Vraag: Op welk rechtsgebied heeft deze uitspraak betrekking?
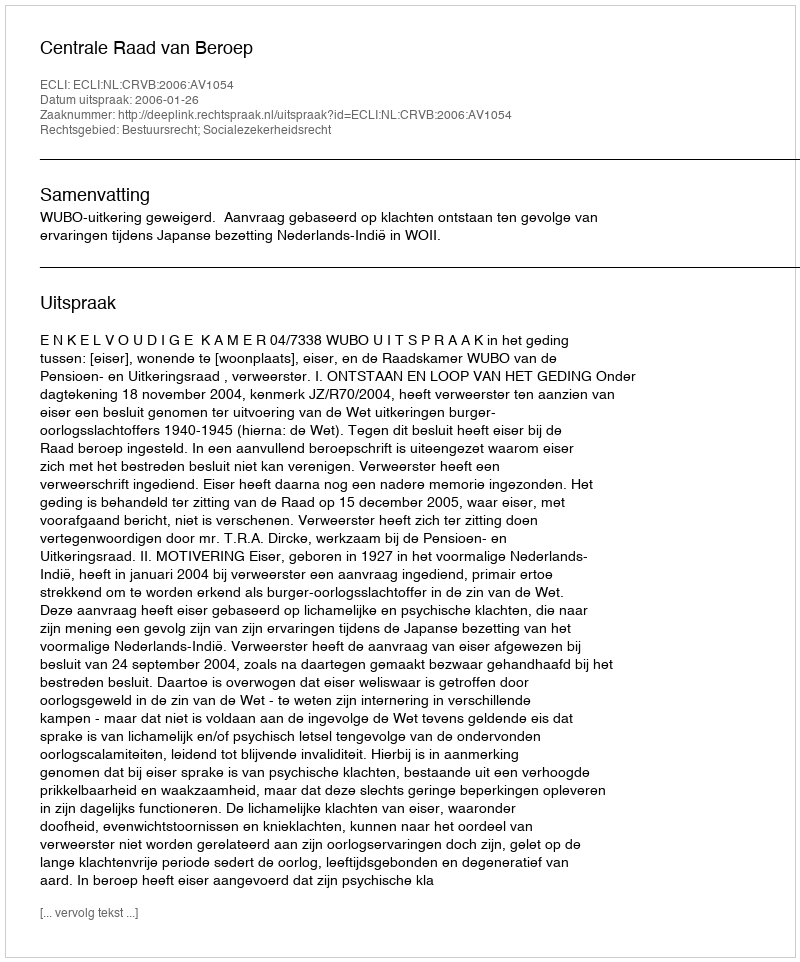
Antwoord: Bestuursrecht; Socialezekerheidsrecht